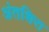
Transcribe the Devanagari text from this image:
अंतशिरा